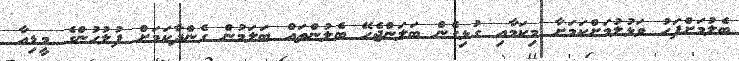
ބެލުމަށްފަހު ވަޅުލުމަށްކަމަށާ މިކަމާއި ގުޅިގެން ބަލަންޖެހޭ ބެލުންތައް ބަލަމުން ގެންދާކަމަށް ފުލުހުންގެ މީޑިއާ